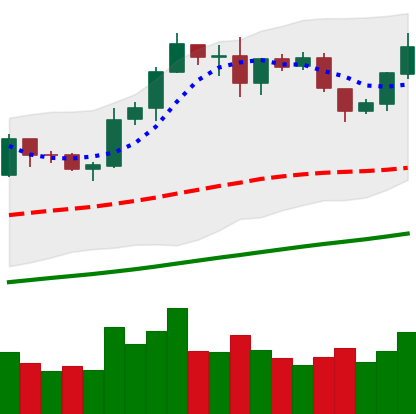
Ticker: LTC-USD
Chart end date: 2019-06-07
Forward return: 15.573%
Label: up_7plus